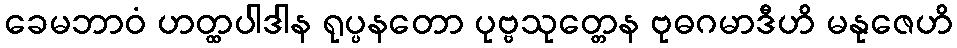
ခေမဘာဝံ ဟတ္ထပါဒါန ရုပ္ပနတော ပုဗ္ဗသုတ္တေန ဗုဓဂမာဒီဟိ မနုဇေဟိ